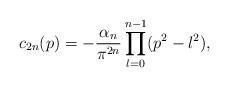
LaTeX: \begin{align*} c_{2n}(p) = - { \alpha_n \over \pi^{2n} } \prod_{l=0}^{n-1} (p^2 - l^2), \end{align*}